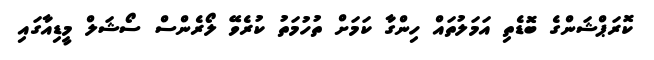
ކޮރަޕްޝަންގެ ބޮޑެތި އަމަލުތައް ހިންގާ ކަމަށް ތުުހުމަތު ކުރެވޭ ލޯރެންސް ސޯޝަލް މީޑިއާގައި